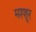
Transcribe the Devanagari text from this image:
मश्शूर